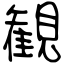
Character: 観